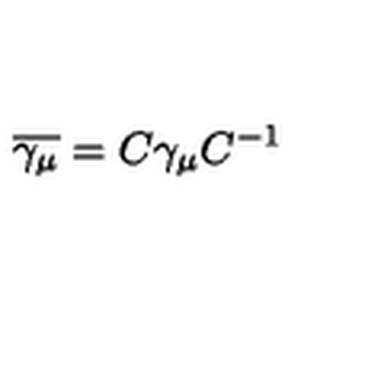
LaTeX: \overline { { \gamma _ { \mu } } } = C \gamma _ { \mu } C ^ { - 1 }